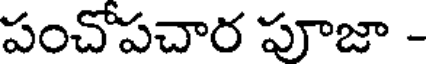
పంచోపచార పూజా -